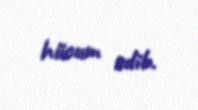
hücum edib.